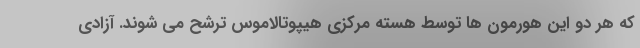
که هر دو این هورمون ها توسط هسته مرکزی هیپوتالاموس ترشح می شوند. آزادی